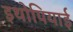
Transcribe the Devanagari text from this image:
इथोपियाई